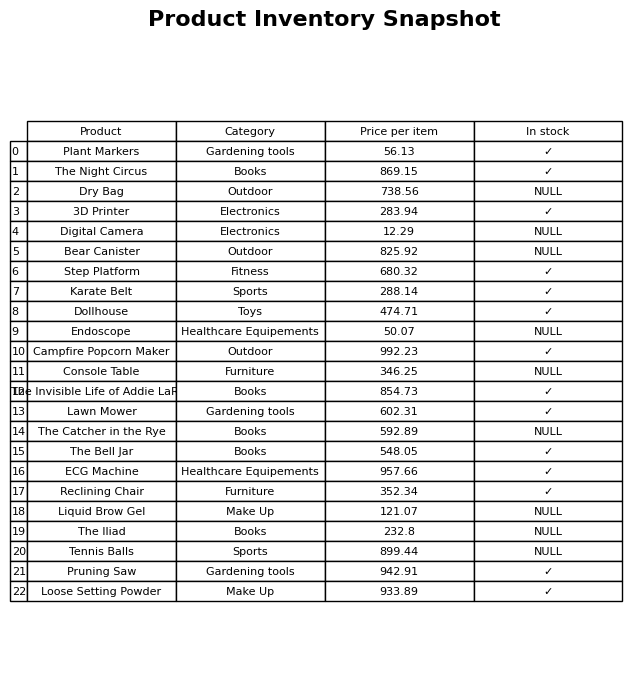
question: What is the stock status of the Plant Markers?
answer: ✓